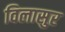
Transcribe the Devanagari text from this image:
विलासुर